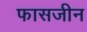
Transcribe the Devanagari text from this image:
फासजीन